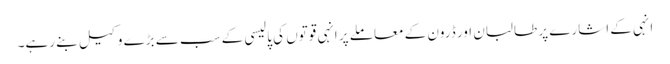
انہی کے اشارے پر طالبان اور ڈرون کے معاملے پر انہی قوتوں کی پالیسی کے سب سے بڑے وکیل بنے رہے۔